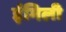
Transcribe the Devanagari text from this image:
ईमिली